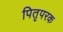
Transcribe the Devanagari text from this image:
पितृपरक